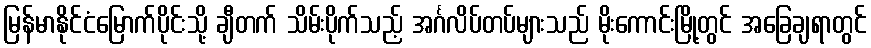
မြန်မာနိုင်ငံမြောက်ပိုင်းသို့ ချီတက် သိမ်းပိုက်သည့် အင်္ဂလိပ်တပ်များသည် မိုးကောင်းမြို့တွင် အခြေချရာတွင်